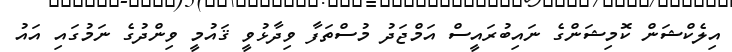
އިލެކްޝަން ކޮމިޝަންގެ ނައިބުރައީސް އަމްޖަދު މުސްތަފާ ވިިދާޅުވީ ޤައުމީ ވިންދުގެ ނަމުގައި އައު